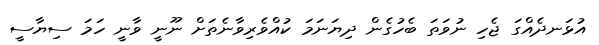
އުޅަނދެއްގަ ޖެހި ނުވަތަ ބެހުގެން ދިޔަނަމަ ކުއްވެރިވާނެތަށް ނޫނީ ވާނީ ހަމަ ސިޔާސީ